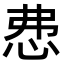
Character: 𢘍